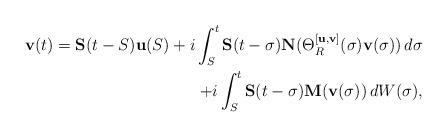
LaTeX: \begin{align*} \mathbf v(t) = \mathbf S(t-S) \mathbf u(S) + i \int_S^t \mathbf S(t-\sigma) \mathbf N(\Theta_R^{[\mathbf u,\mathbf v]}(\sigma)\mathbf v(\sigma)) \, d\sigma \\ + i \int_S^t \mathbf S(t-\sigma) \mathbf M(\mathbf v(\sigma)) \, dW(\sigma),\end{align*}